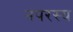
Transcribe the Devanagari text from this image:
नपरस्य